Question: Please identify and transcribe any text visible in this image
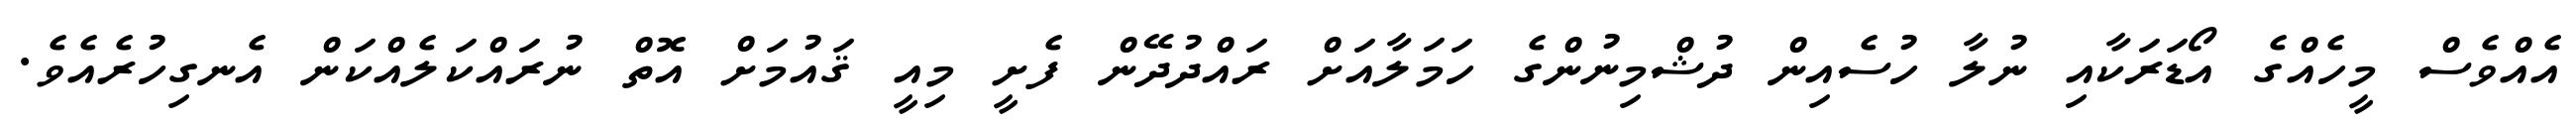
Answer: އެއްވެސް މީހެއްގެ އޯޑަރަކާއި ނުލާ ހުސެއިން ދުޝްމިނުންގެ ހަމަލާއަށް ރައްދުދޭން ފެށީ މިއީ ޤައުމަށް އޮތް ނުރައްކަލެއްކަން އެނގިހުރެއެވެ.